Annual report of the Punjab Veterinary College and of the Civil Veterinary Department, Punjab - 1926-1932
Year: 1926
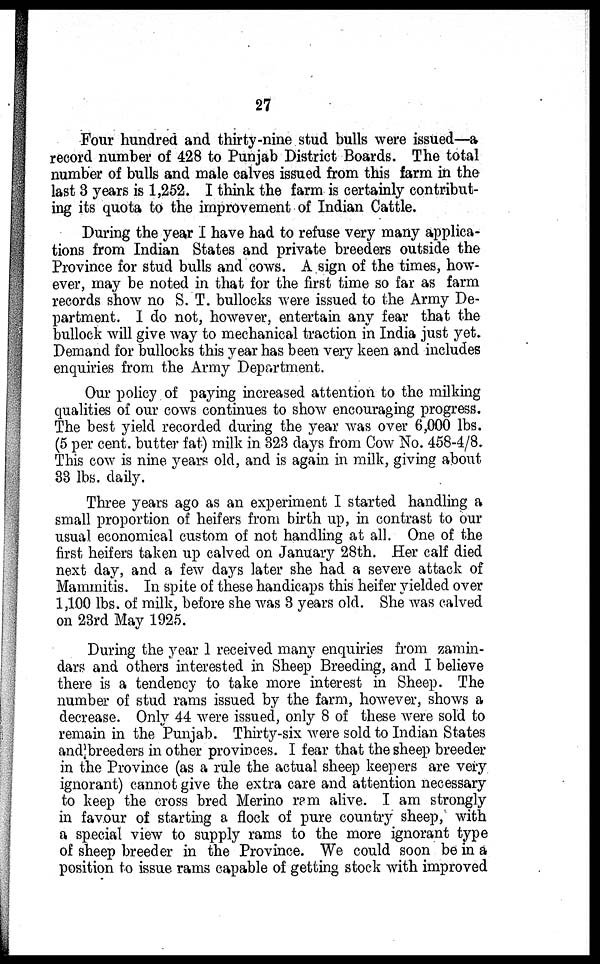
27
Four hundred and thirty-nine stud bulls were issued—a
record number of 428 to Punjab District Boards. The total
number of bulls and male calves issued from this farm in the
last 3 years is 1,252. I think the farm is certainly contribut-
ing its quota to the improvement of Indian Cattle.
During the year I have had to refuse very many applica-
tions from Indian States and private breeders outside the
Province for stud bulls and cows. A sign of the times, how-
ever, may be noted in that for the first time so far as farm
records show no S. T. bullocks were issued to the Army De-
partment. I do not, however, entertain any fear that the
bullock will give way to mechanical traction in India just yet.
Demand for bullocks this year has been very keen and includes
enquiries from the Army Department.
Our policy of paying increased attention to the milking
qualities of our cows continues to show encouraging progress.
The best yield recorded during the year was over 6,000 lbs.
(5 per cent. butter fat) milk in 323 days from Cow No. 458-4/8.
This cow is nine years old, and is again in milk, giving about
33 lbs. daily.
Three years ago as an experiment I started handling a
small proportion of heifers from birth up, in contrast to our
usual economical custom of not handling at all. One of the
first heifers taken up calved on January 28th. Her calf died
next day, and a few days later she had a severe attack of
Mammitis. In spite of these handicaps this heifer yielded over
1,100 lbs. of milk, before she was 3 years old. She was calved
on 23rd May 1925.
During the year 1 received many enquiries from zamin-
dars and others interested in Sheep Breeding, and I believe
there is a tendency to take more interest in Sheep. The
number of stud rams issued by the farm, however, shows a
decrease. Only 44 were issued, only 8 of these were sold to
remain in the Punjab. Thirty-six were sold to Indian States
and breeders in other provinces. I fear that the sheep breeder
in the Province (as a rule the actual sheep keepers are very
ignorant) cannot give the extra care and attention necessary
to keep the cross bred Merino ram alive. I am strongly
in favour of starting a flock of pure country sheep, with
a special view to supply rams to the more ignorant type
of sheep breeder in the Province. We could soon be in a
position to issue rams capable of getting stock with improved